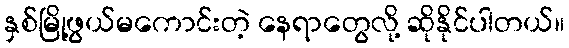
နှစ်မြို့ဖွယ်မကောင်းတဲ့ နေရာတွေလို့ ဆိုနိုင်ပါတယ်။